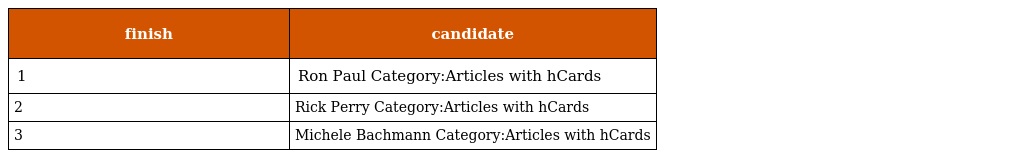
| finish | candidate |
 | --- | --- |
 | 1 | Ron Paul Category:Articles with hCards |
 | 2 | Rick Perry Category:Articles with hCards |
 | 3 | Michele Bachmann Category:Articles with hCards |